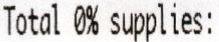
TOTAL 0% SUPPLIES: